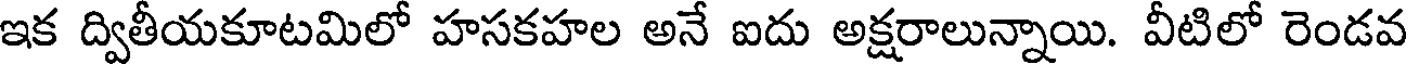
ఇక ద్వితీయకూటమిలో హసకహల అనే ఐదు అక్షరాలున్నాయి. వీటిలో రెండవ